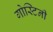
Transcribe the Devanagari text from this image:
गोस्टिनी